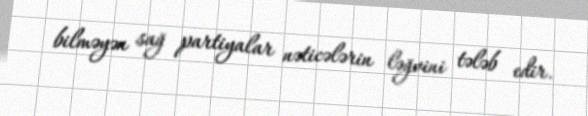
bilməyən sağ partiyalar nəticələrin ləğvini tələb edir.